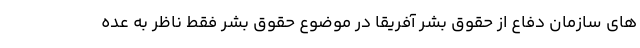
های سازمان دفاع از حقوق بشر آفریقا در موضوع حقوق بشر فقط ناظر به عده